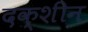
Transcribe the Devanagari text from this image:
दक्शीन